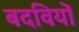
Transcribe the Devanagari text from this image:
बदवियों